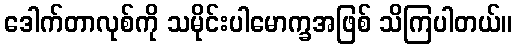
ဒေါက်တာလုစ်ကို သမိုင်းပါမောက္ခအဖြစ် သိကြပါတယ်။